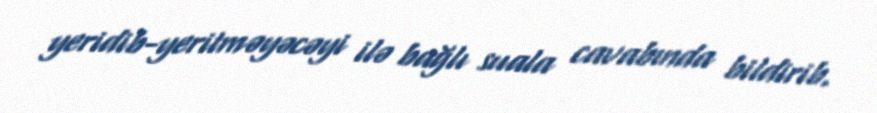
yeridib-yeritməyəcəyi ilə bağlı suala cavabında bildirib.